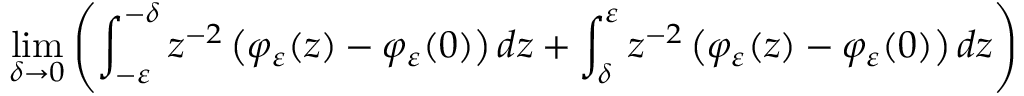
\operatorname* { l i m } _ { \delta \to 0 } \left( \int _ { - \varepsilon } ^ { - \delta } z ^ { - 2 } \left( \varphi _ { \varepsilon } ( z ) - \varphi _ { \varepsilon } ( 0 ) \right) \mathop { } \! { d { z } } + \int _ { \delta } ^ { \varepsilon } z ^ { - 2 } \left( \varphi _ { \varepsilon } ( z ) - \varphi _ { \varepsilon } ( 0 ) \right) \mathop { } \! { d { z } } \right)